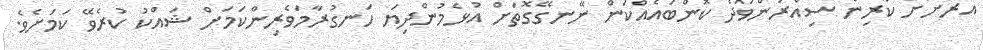
އެރަށަށް ކުރިން ސިއްރުންވަދެ ކޮންބައެއްކަން ނޭނގޭގޮތަށް އުޅެމުންދިޔަ ހަނގުރާމަވެރިންކަމަށް ޝައްކު ކުރެވޭ ކަމަށެވެ.